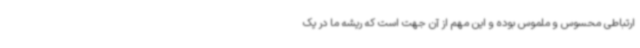
ارتباطی محسوس و ملموس بوده و این مهم از آن جهت است که ریشه ما در یک